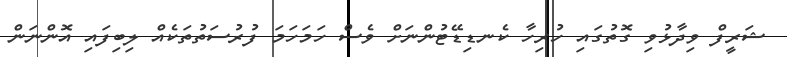
ޝަރީފް ވިދާޅުވި ގޮތުގައި ހުރިހާ ކެނޑިޑޭޓުންނަށް ވެސް ހަމަހަމަ ފުރުސަތުތަކެއް ލިބިފައި އޮންނަން